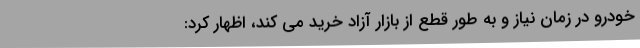
خودرو در زمان نیاز و به طور قطع از بازار آزاد خرید می کند، اظهار کرد: